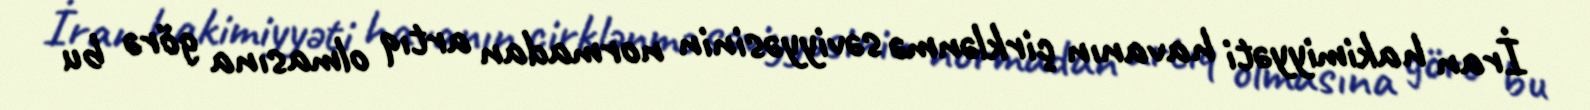
İran hakimiyyəti havanın çirklənmə səviyyəsinin normadan artıq olmasına görə bu